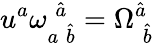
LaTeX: u^{a}{\omega}_{a\; \hat{b}}^{\; \hat{a}}={\Omega}_{\; \hat{b}}^{\hat{a}}